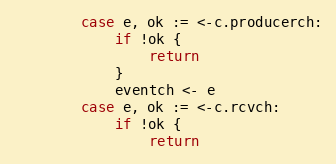
Language: Go
		case e, ok := <-c.producerch:
			if !ok {
				return
			}
			eventch <- e
		case e, ok := <-c.rcvch:
			if !ok {
				return